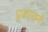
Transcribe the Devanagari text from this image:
प्रकारानें